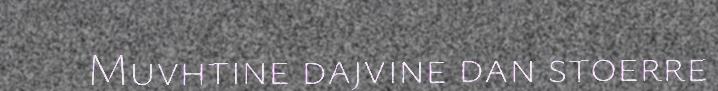
Muvhtine dajvine dan stoerre